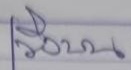
วิ่งบน